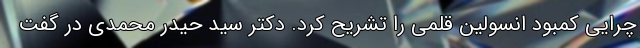
چرایی کمبود انسولین قلمی را تشریح کرد. دکتر سید حیدر محمدی در گفت